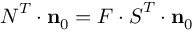
{ \boldsymbol { N } } ^ { T } \cdot \mathbf { n } _ { 0 } = { \boldsymbol { F } } \cdot { \boldsymbol { S } } ^ { T } \cdot \mathbf { n } _ { 0 }